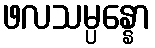
ဖလသမ္ပန္နော